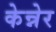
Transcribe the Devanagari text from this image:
केन्नेर